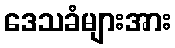
ဒေသခံများအား